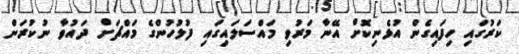
ކަރުގައި ހިފައިގެން އުޅެނިކޮށް އޭނާ މަރުވި މައްސަލައިގައި ފުލުހުންގެ މައްޗަށް ދައުވާ ނުކުރަން